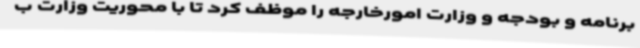
برنامه و بودجه و وزارت امورخارجه را موظف کرد تا با محوریت وزارت ب